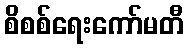
စိစစ်ရေးကော်မတီ